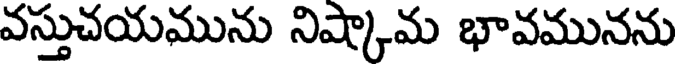
వస్తుచయమును నిష్కామ భావమునను